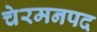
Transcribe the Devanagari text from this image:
चेरमनपद